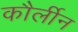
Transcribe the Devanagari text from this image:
कौर्लीन